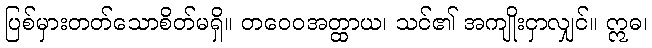
ပြစ်မှားတတ်သောစိတ်မရှိ။ တဝေဝအတ္ထာယ၊ သင်၏ အကျိုးငှာလျှင်။ ဣဓ၊